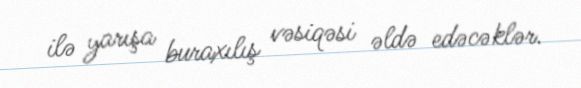
ilə yarışa buraxılış vəsiqəsi əldə edəcəklər.